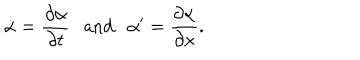
\dot { \alpha } = \frac { \partial \alpha } { \partial t } \ \ \ \mathrm { a n d } \ \ \ \alpha ^ { \prime } = \frac { \partial \alpha } { \partial x } .